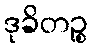
ဒုခိတဉ္စ